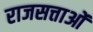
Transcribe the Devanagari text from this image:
राजसत्ताओं